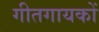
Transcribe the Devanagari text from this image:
गीतगायकों